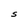
Character: S